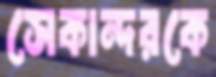
সেকান্দরকে